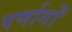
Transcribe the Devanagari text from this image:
पर्णागों